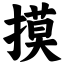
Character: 摸